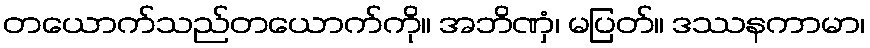
တယောက်သည်တယောက်ကို။ အဘိဏှံ၊ မပြတ်။ ဒဿနကာမာ၊